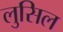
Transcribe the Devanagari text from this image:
लुसिल